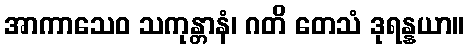
အာကာသေဝ သကုန္တာနံ၊ ဂတိ တေသံ ဒုရန္နယာ။